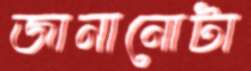
জানানোটা